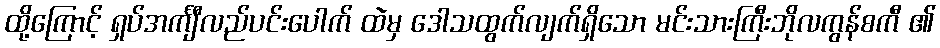
ထို့ကြောင့် ရှပ်အင်္ကျီလည်ပင်းပေါက် ထဲမှ ဒေါသထွက်လျက်ရှိသော မင်းသားကြီးဘိုလကွန်စကီ ၏